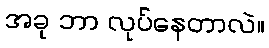
အခု ဘာ လုပ်နေတာလဲ။